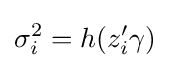
\sigma _{i}^{2}=h(z_{i}'\gamma )